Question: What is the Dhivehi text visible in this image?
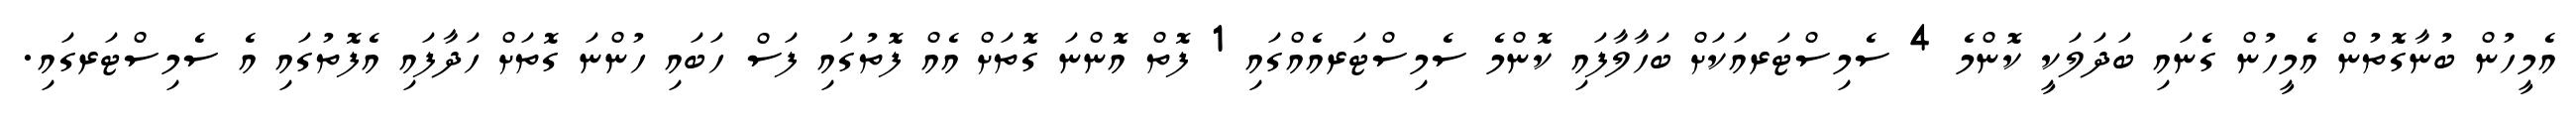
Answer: އެމީހުން ބުނާގޮތުން އެމީހުން ގެނައި ބަދަލަކީ ކޮންމެ 4 ސެމިސްޓަރއަކަށް ބަހާލާފައި ކޮންމެ ސެމިސްޓަރއެއްގައި 1 ފޮތް އޮންނަ ގޮތަށް އެއް ފޮތުގައި ފަސް ހަބައި ހުންނަ ގޮތަށް ހަދާފައި އެފޮތުގައި އެ ސެމިސްޓަރގައި.